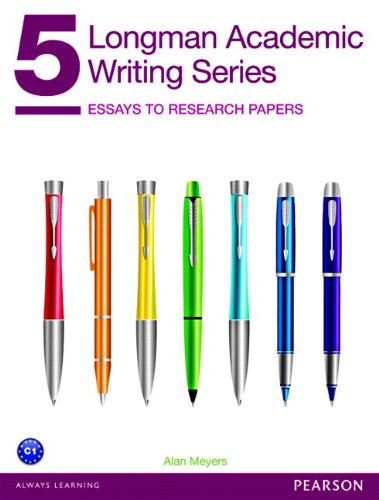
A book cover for Longman Academic Writing Series 5: Essays to Research Papers; Alan Meyers; Reference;